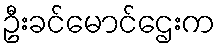
ဦးခင်မောင်ဌေးက